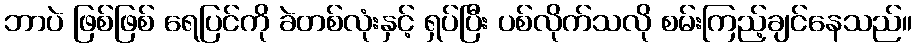
ဘာပဲ ဖြစ်ဖြစ် ရေပြင်ကို ခဲတစ်လုံးနှင့် ရှပ်ပြီး ပစ်လိုက်သလို စမ်းကြည့်ချင်နေသည်။